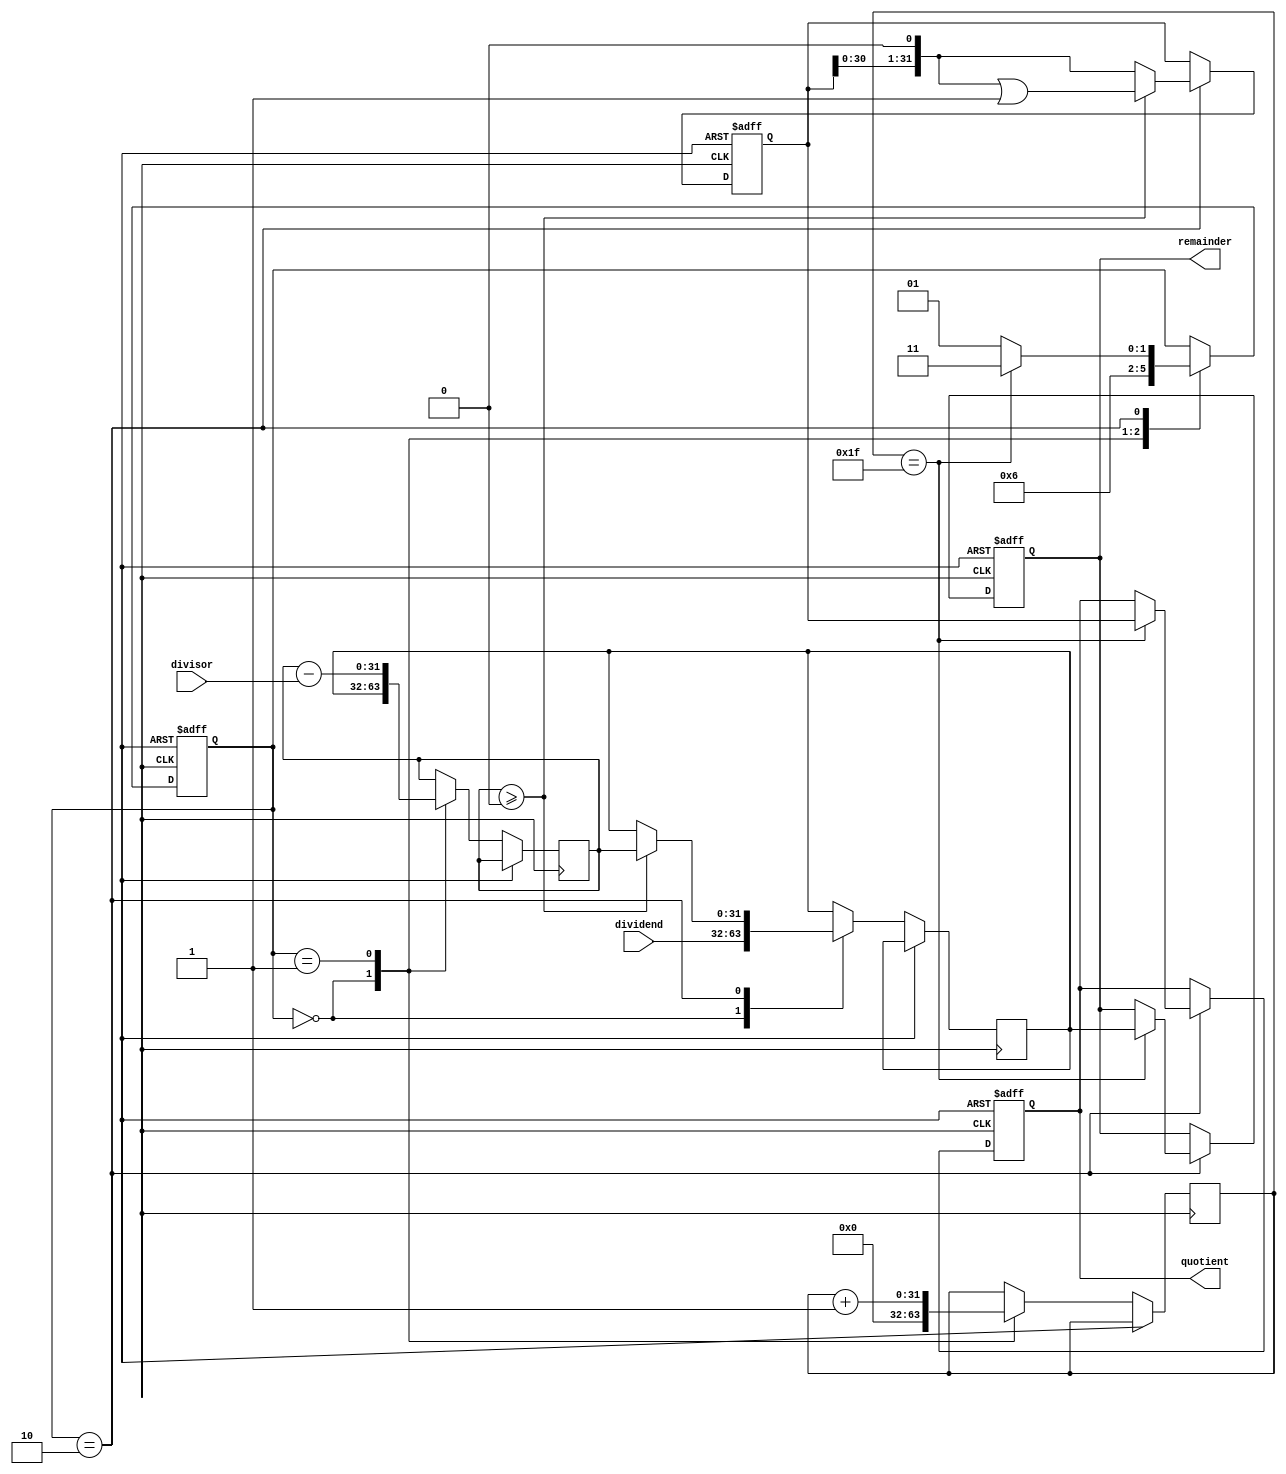
module Pipelined_Divider (
    // input signals
    input wire [31:0] dividend,
    input wire [31:0] divisor,
    
    // output signals
    output reg [31:0] quotient,
    output reg [31:0] remainder
);

reg [31:0] partial_quotient;
reg [31:0] partial_remainder;
reg [31:0] next_partial_remainder;

reg [1:0] stage;
reg [31:0] temp_result;

always @ (posedge clk or posedge rst) begin
    if (rst) begin
        stage <= 0;
        quotient <= 0;
        remainder <= 0;
        temp_result <= 0;
    end else begin
        case (stage)
            0: begin // input processing
                partial_quotient <= 0;
                partial_remainder <= dividend;
                next_partial_remainder <= partial_remainder;
                stage <= 1;
            end
            
            1: begin // computation of partial quotients
                next_partial_remainder <= next_partial_remainder - divisor;
                partial_quotient <= partial_quotient + 1;
                stage <= 2;
            end
            
            2: begin // accumulating partial results
                if (next_partial_remainder >= 0) begin
                    partial_remainder <= next_partial_remainder;
                    temp_result <= (temp_result << 1) | 1;
                end else begin
                    temp_result <= temp_result << 1;
                end
                
                if (partial_quotient == 31) begin
                    quotient <= temp_result;
                    remainder <= partial_remainder;
                    stage <= 3;
                end else begin
                    stage <= 1;
                end
            end
            
            3: begin
                // producing the final quotient
                // no more steps needed
            end
            
            default: begin
                stage <= 0;
            end
        endcase
    end
end

endmodule